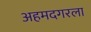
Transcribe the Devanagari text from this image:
अहमदगरला